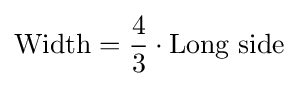
{\text{Width}}={\frac {4}{3}}\cdot {\text{Long side}}